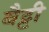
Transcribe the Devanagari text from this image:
बैट्टी